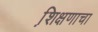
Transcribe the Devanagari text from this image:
शि़क्षणाचा